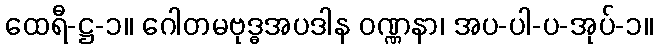
ထေရီ-ဋ္ဌ-၁။ ဂေါတမဗုဒ္ဓအပဒါန ဝဏ္ဏနာ၊ အပ-ပါ-ပ-အုပ်-၁။